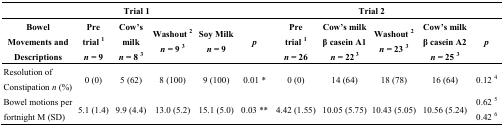
| <COLSPAN=6> Trial 1 | <COLSPAN=4> Trial 2 |  |
 | Bowel Movements and Descriptions | Pre trial 1n = 9 | Cow’s milkn = 8 3 | Washout 2n = 9 3 | Soy Milkn = 9 | p | Pre trial 1n = 26 | Cow’s milk β casein A1n = 22 3 | Washout 2n = 23 3 | Cow’s milk β casein A2n = 25 3 | p |
 | --- | --- | --- | --- | --- | --- | --- | --- | --- | --- | --- |
 | Resolution of Constipationn (%) | 0 (0) | 5 (62) | 8 (100) | 9 (100) | 0.01 * | 0 (0) | 14 (64) | 18 (78) | 16 (64) | 0.12 4 |
 | <ROWSPAN=2> Bowel motions per fortnight M (SD) | <ROWSPAN=2> 5.1 (1.4) | <ROWSPAN=2> 9.9 (4.4) | <ROWSPAN=2> 13.0 (5.2) | <ROWSPAN=2> 15.1 (5.0) | <ROWSPAN=2> 0.03 ** | <ROWSPAN=2> 4.42 (1.55) | <ROWSPAN=2> 10.05 (5.75) | <ROWSPAN=2> 10.43 (5.05) | <ROWSPAN=2> 10.56 (5.24) | 0.62 5 |
 | 0.42 6 |